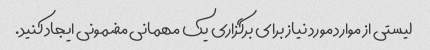
لیستی از موارد مورد نیاز برای برگزاری یک مهمانی مضمونی ایجاد کنید.